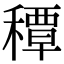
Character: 𥢏